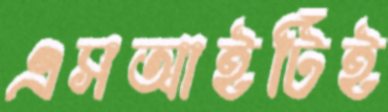
এসআইটিই